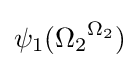
\psi _{1}({\Omega _{2}}^{\Omega _{2}})